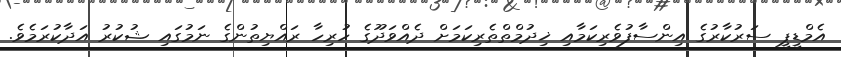
އެމްޑީޕީ ސަރުކާރުގެ އިންސާފުވެރިކަމާއި ޚިދުމްތްތެރިކަމަށް ދެއްވަދޫގެ ހުރިހާ ރައްޔިތުންގެ ނަމުގައި ޝުކުރު އަދާކުރަމެވެ.